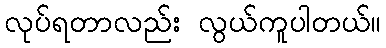
လုပ်ရတာလည်း လွယ်ကူပါတယ်။